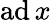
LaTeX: \operatorname{a\mathrm{d}}x